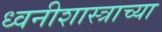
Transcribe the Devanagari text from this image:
ध्वनीशास्त्राच्या